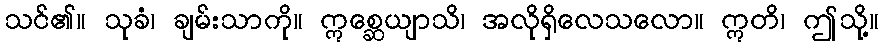
သင်၏။ သုခံ၊ ချမ်းသာကို။ ဣစ္ဆေယျာသိ၊ အလိုရှိလေသလော။ ဣတိ၊ ဤသို့။